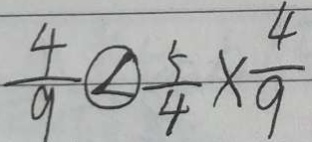
\frac { 4 } { 9 } \textcircled { < } \frac { 5 } { 4 } \times \frac { 4 } { 9 }